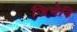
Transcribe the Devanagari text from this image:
जिचेनि